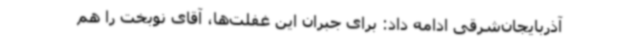
آذربایجان‌شرقی ادامه داد: برای جبران این غفلت‌ها، آقای نوبخت را هم